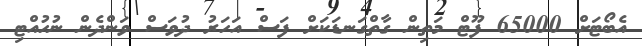
އެބޯޓަށް 65000 ފޫޓް މަތިން ގާތްގަނޑަކަށް ފަސް އަހަރު ދުވަސް ވަންދެން ނުހުއްޓި